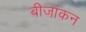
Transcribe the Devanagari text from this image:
बीजांकन